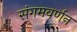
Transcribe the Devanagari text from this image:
संगमवर्णन